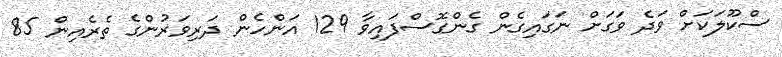
ސްކޫލަކަށް ވަދެ ވަގަށް ނަގައިގެން ގެންގޮސްފައިވާ 129 އަންހެން ދަރިވަރުންގެ ތެރެއިން 85